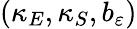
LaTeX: (\kappa_{E},\kappa_{S},b_{\varepsilon})